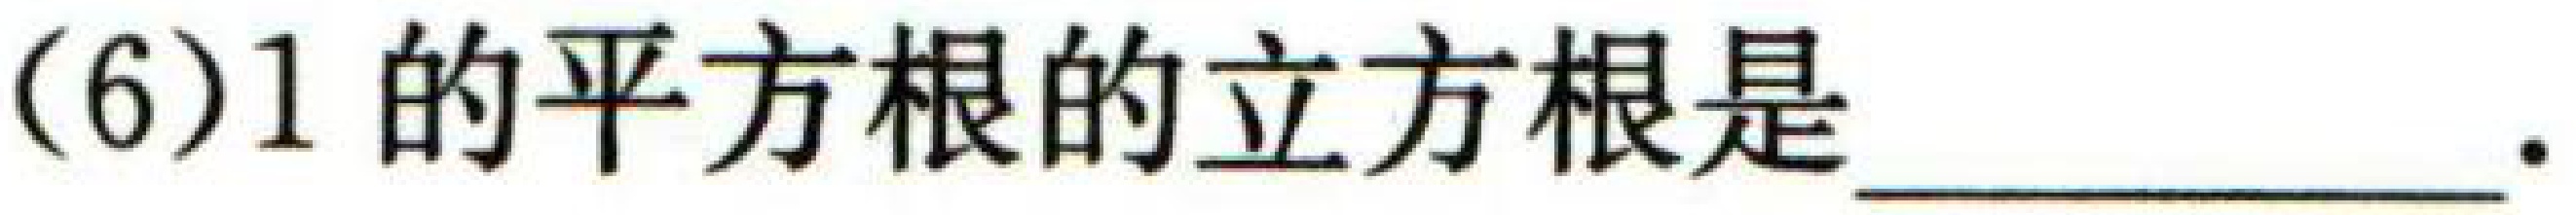
(6)1的平方根的立方根是___.